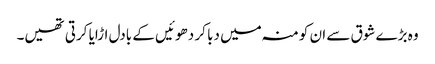
وہ بڑے شوق سے ان کو منہ میں دبا کر دھوئیں کے بادل اڑایا کرتی تھیں۔